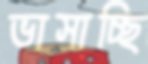
ভাসাচ্ছি